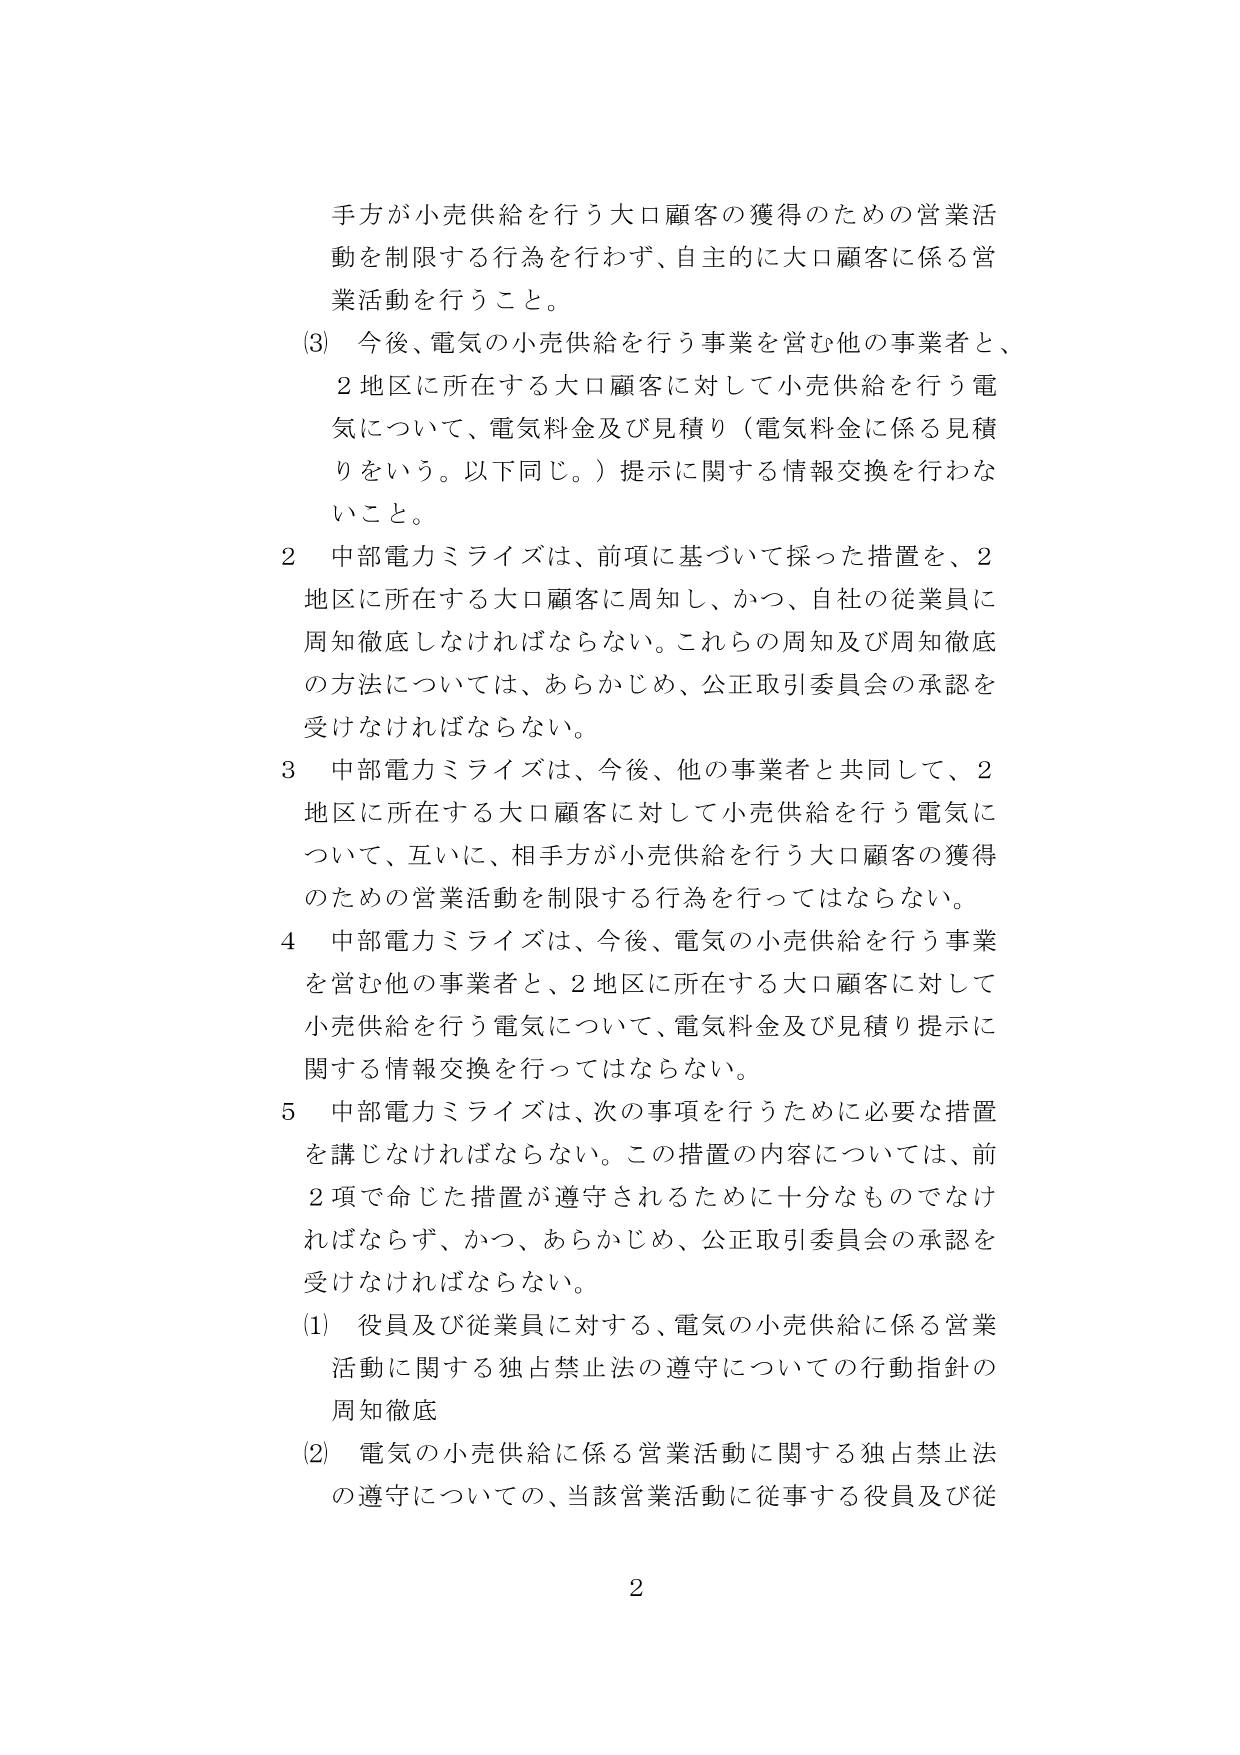
手方が小売供給を行う大口顧客の獲得のための営業活動を制限する行為を行わず、自主的に大口顧客に係る営業活動を行うこと。

(3) 今後、電気の小売供給を行う事業を営む他の事業者と、2地区に所在する大口顧客に対して小売供給を行う電気について、電気料金及び見積り（電気料金に係る見積りをいう。以下同じ。）提示に関する情報交換を行わないこと。

2 中部電力ミライズは、前項に基づいて採った措置を、2地区に所在する大口顧客に周知し、かつ、自社の従業員に周知徹底しなければならない。これらの周知及び周知徹底の方法については、あらかじめ、公正取引委員会の承認を受けなければならない。

3 中部電力ミライズは、今後、他の事業者と共同して、2地区に所在する大口顧客に対して小売供給を行う電気について、互いに、相手方が小売供給を行う大口顧客の獲得のための営業活動を制限する行為を行ってはならない。

4 中部電力ミライズは、今後、電気の小売供給を行う事業を営む他の事業者と、2地区に所在する大口顧客に対して小売供給を行う電気について、電気料金及び見積り提示に関する情報交換を行ってはならない。

5 中部電力ミライズは、次の事項を行うために必要な措置を講じなければならない。この措置の内容については、前2項で命じた措置が遵守されるために十分なものでなければならない、かつ、あらかじめ、公正取引委員会の承認を受けなければならない。

(1) 役員及び従業員に対する、電気の小売供給に係る営業活動に関する独占禁止法の遵守についての行動指針の周知徹底

(2) 電気の小売供給に係る営業活動に関する独占禁止法の遵守についての、当該営業活動に従事する役員及び従

2